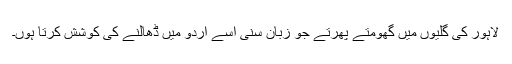
لاہور کی گلیوں میں گھومتے پھرتے جو زبان سنی اسے اُردو میں ڈھالنے کی کوشش کرتا ہوں۔